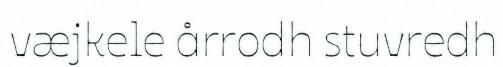
væjkele årrodh stuvredh